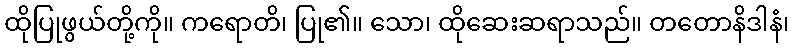
ထိုပြုဖွယ်တို့ကို။ ကရောတိ၊ ပြု၏။ သော၊ ထိုဆေးဆရာသည်။ တတောနိဒါနံ၊